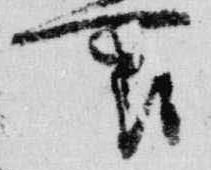
裏